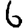
Digit: 6